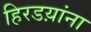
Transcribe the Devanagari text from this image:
हिरडय़ांना